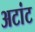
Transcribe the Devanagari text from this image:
अटांट